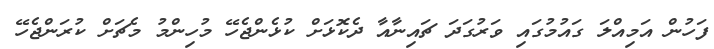
ފަހުން އަމިއްލަ ގައުމުގައި ވަރުގަދަ ޗައިނާއާ ދެކޮޅަށް ކުޅެންޖެހޭ މުހިންމު މެޗަށް ކުރަންޖެހޭ